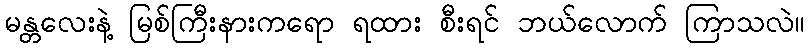
မန္တလေးနဲ့ မြစ်ကြီးနားကရော ရထား စီးရင် ဘယ်လောက် ကြာသလဲ။